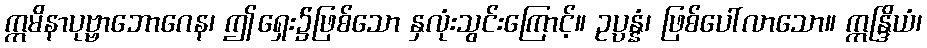
ဣမိနာပုဗ္ဗာဘောဂေန၊ ဤရှေး၌ဖြစ်သော နှလုံးသွင်းကြောင့်။ ဥပ္ပန္နံ၊ ဖြစ်ပေါ်လာသော။ ဣန္ဒြိယံ၊